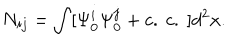
LaTeX: N _ { i j } = \int [ \Psi _ { 0 } ^ { i } \Psi _ { 0 } ^ { j } + c . \ c . \ ] d ^ { 2 } x .